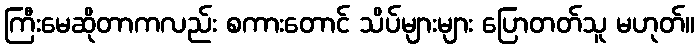
ကြီးမေဆိုတာကလည်း စကားတောင် သိပ်များများ ပြောတတ်သူ မဟုတ်။